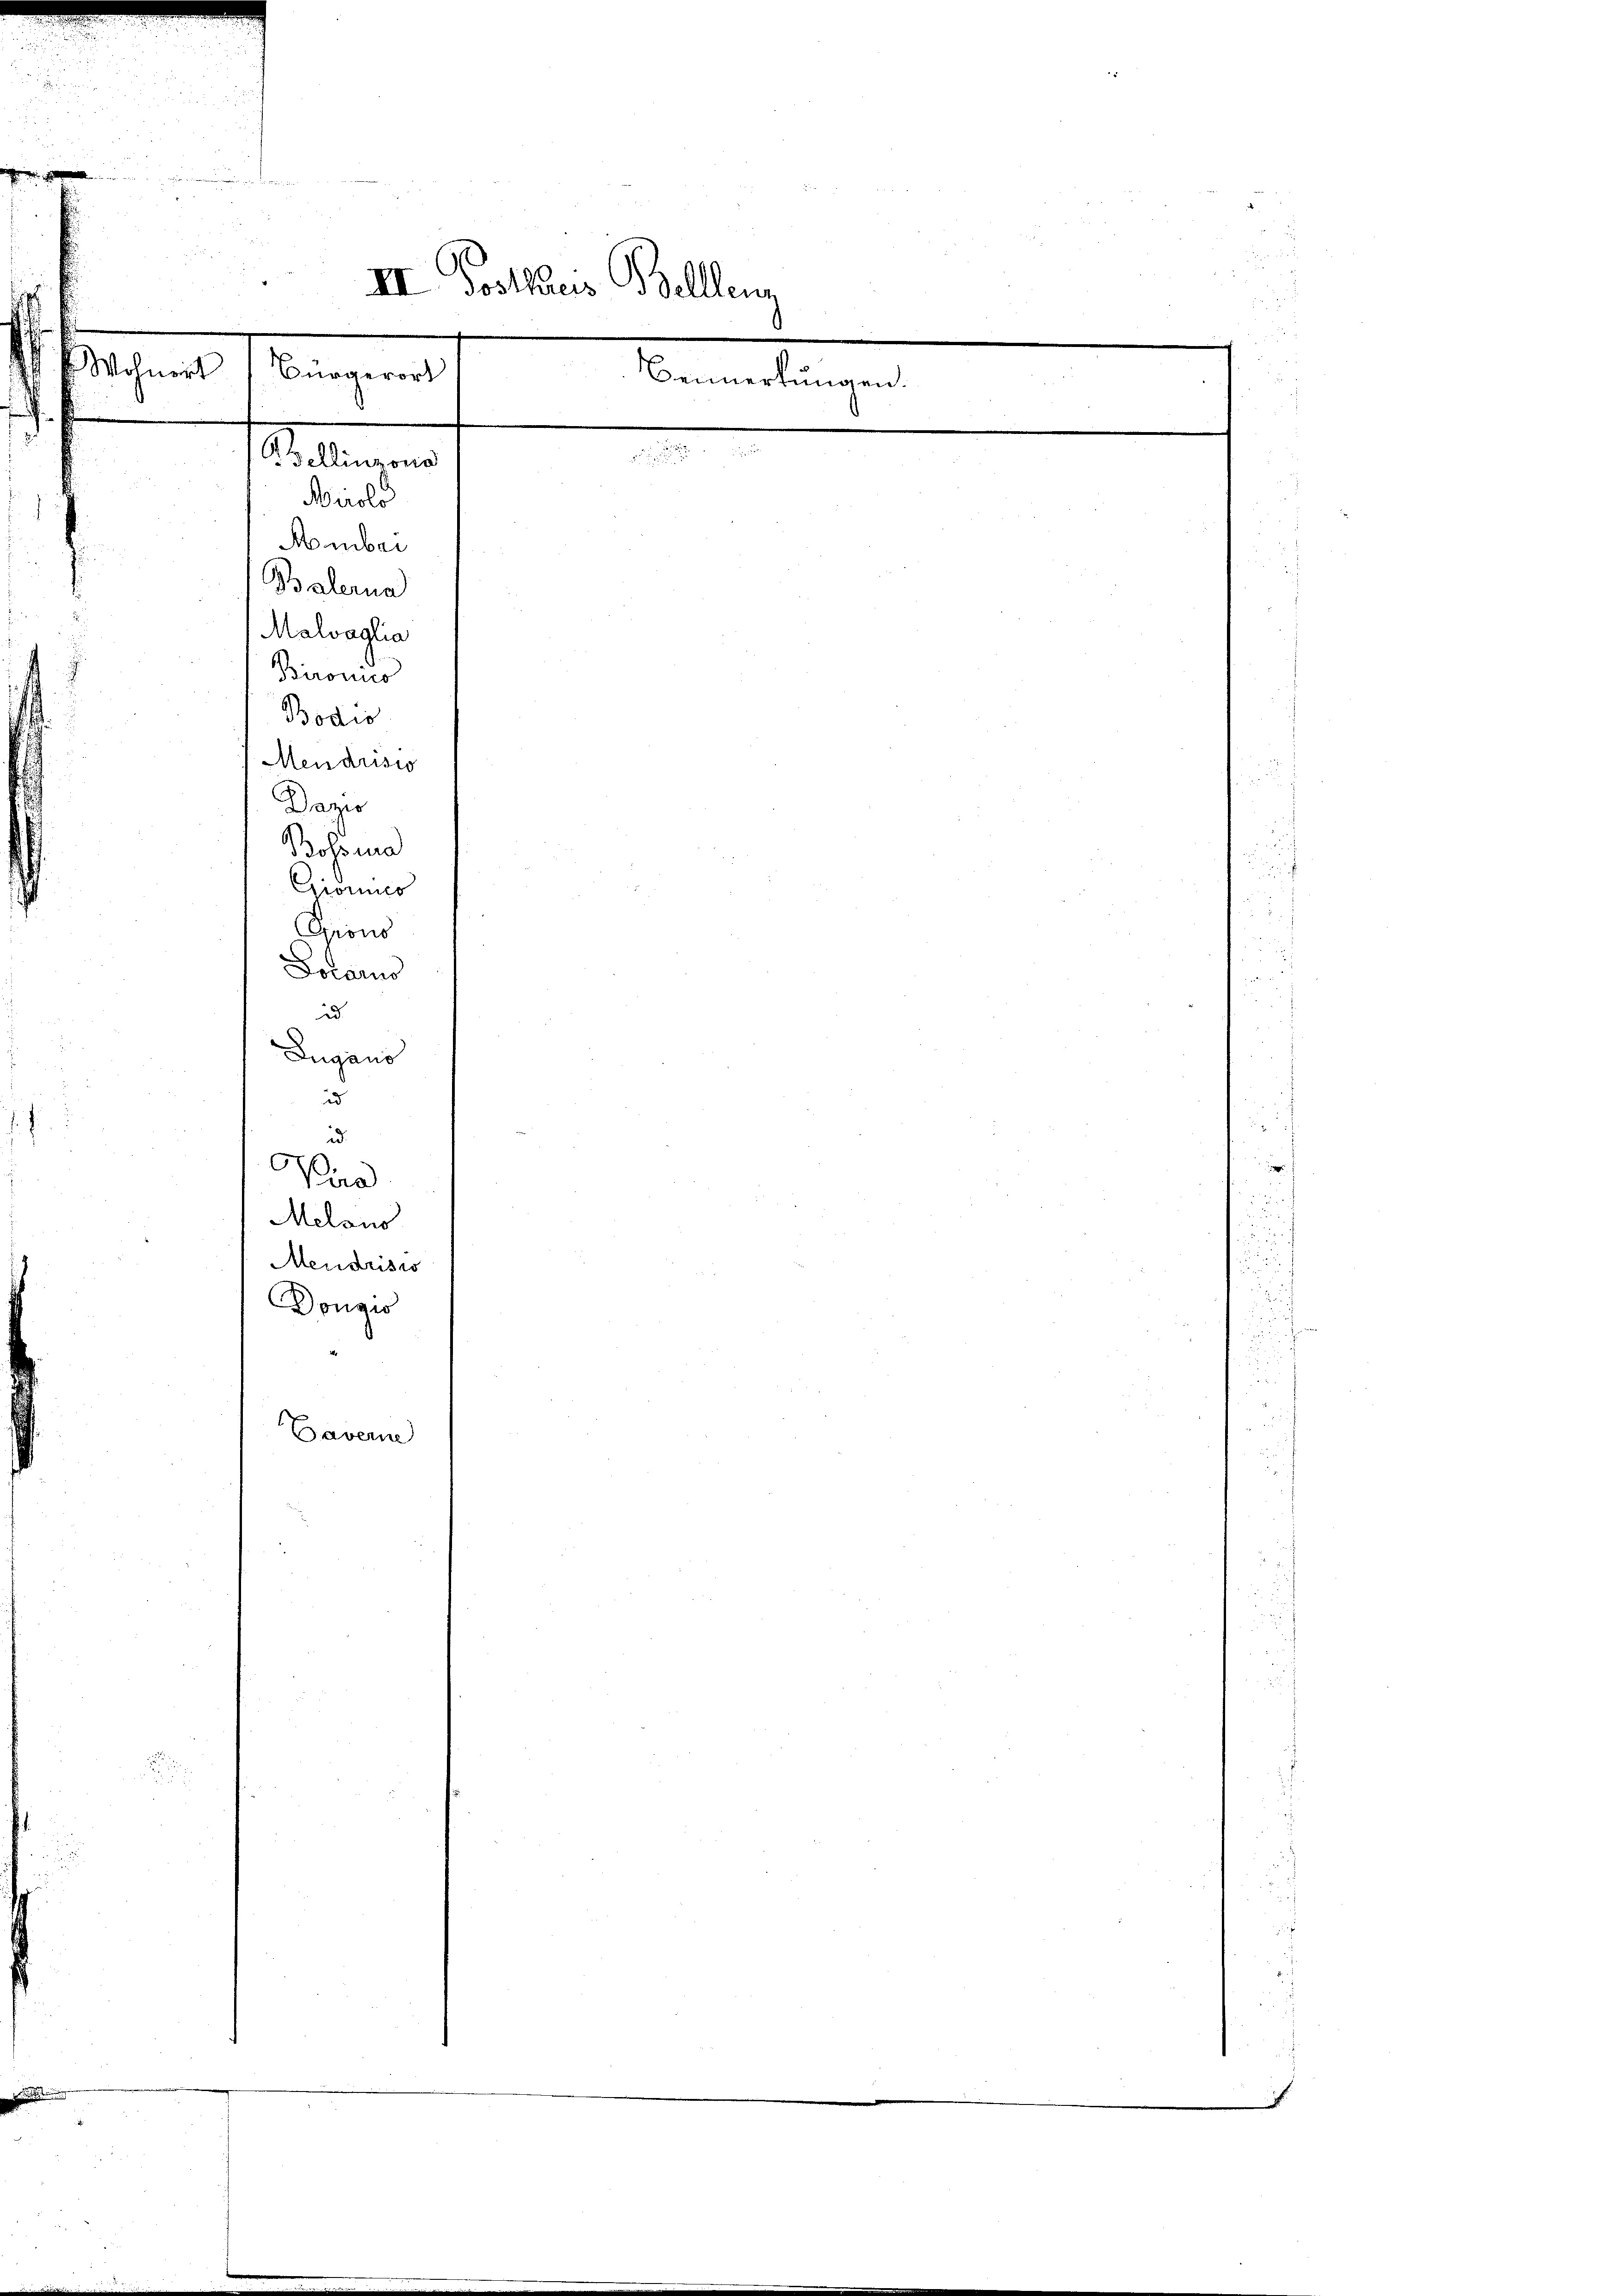
05

N 22 x
r
e

2

.

f

u

II sosthaus Belllen
¬
Wolnert
Bürgerort
Bemerkungen.
e

/ Bellinzona
Airolo

.
Homber
Balerna
Malvaalia
Bironis
Bodis
Mendrisio
Daro
Boloma
won
Grono
Locaris
id
r
Lugano
r
e
d
id
id.
G
Pira
Melons
Mendrisis
Dongio
Taverne
e

1